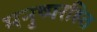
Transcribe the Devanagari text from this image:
मनुष्यरहित